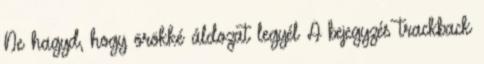
Ne hagyd, hogy örökké áldozat legyél A bejegyzés trackback